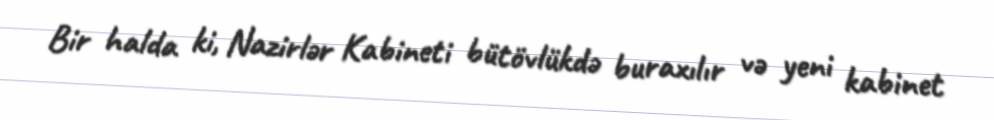
Bir halda ki, Nazirlər Kabineti bütövlükdə buraxılır və yeni kabinet